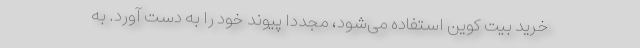
خرید بیت کوین استفاده می‌شود، مجدداً پیوند خود را به دست آورد. به